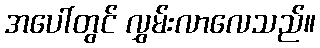
အပေါ်တွင် လွှမ်းလာလေသည်။